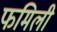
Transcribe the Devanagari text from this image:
फमिली